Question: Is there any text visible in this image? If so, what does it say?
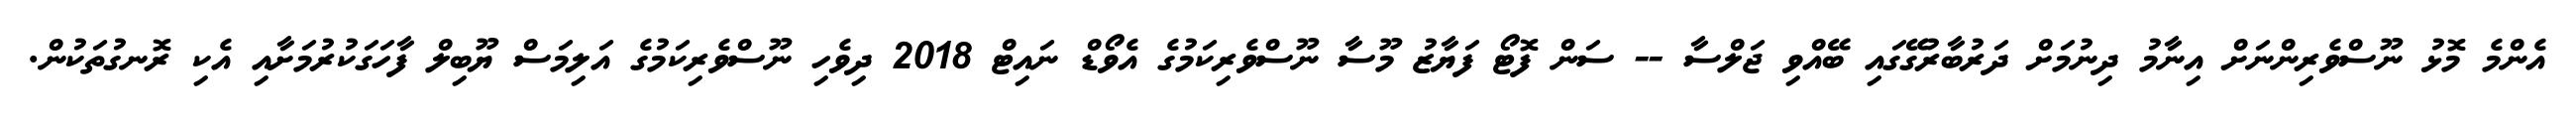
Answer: އެންމެ މޮޅު ނޫސްވެރިންނަށް އިނާމު ދިނުމަށް ދަރުބާރުގޭގައި ބޭއްވި ޖަލްސާ -- ސަން ފޮޓޯ ފަޔާޒު މޫސާ ނޫސްވެރިކަމުގެ އެވޯޑް ނައިޓް 2018 ދިވެހި ނޫސްވެރިކަމުގެ އަލިމަސް ޔޫބިލް ފާހަގަކުރުމަށާއި އެކި ރޮނގުތަކުން.